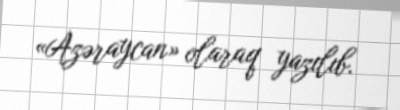
«Azəraycan» olaraq yazılıb.